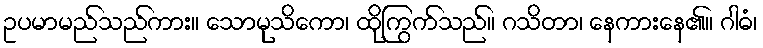
ဥပမာမည်သည်ကား။ သောမုသိကော၊ ထိုကြွက်သည်။ ဂသိတာ၊ နေကားနေ၏။ ဂါဓံ၊